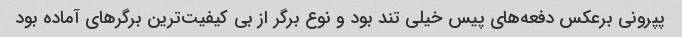
پپرونی برعکس دفعه‌های پیس خیلی تند بود و نوع برگر از بی کیفیت‌ترین برگرهای آماده بود